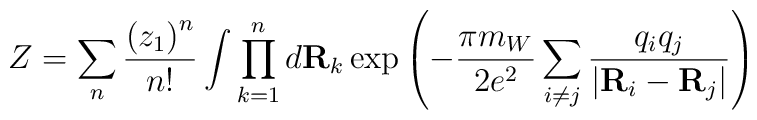
Z=\sum_{n}{\left(z_1\right)^n\over n!}\int \prod_{k=1}^nd {\bf R}_k\exp\left(-{\pi m_W\over2e^2}\sum_{i\not=j}{q_iq_j\over\vert{\bf R}_i -{\bf R}_j\vert}\right)